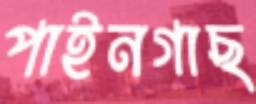
পাইনগাছ